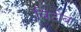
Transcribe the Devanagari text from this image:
बिठोबा